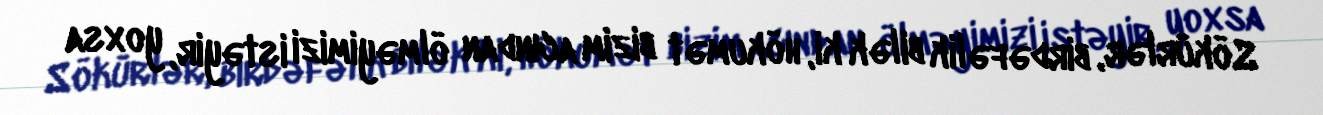
Sökürlər, birdəfəlik bilək ki, hökumət bizim acından ölməyimizi istəyir, yoxsa